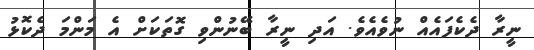
ނީރާ ދެކެފައެއް ނުވެއެވެ. އަދި ނީރާ ބޭނުންވި ގޮތަކަށް އެ މަންމަ ދެކޮޅު